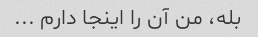
بله، من آن را اینجا دارم ...